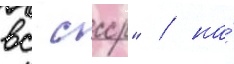
вс ссср" / на́